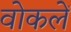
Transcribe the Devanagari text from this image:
वोकलें